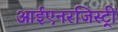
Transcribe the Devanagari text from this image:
आईएनरजिस्ट्री